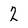
Character: 2